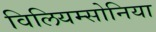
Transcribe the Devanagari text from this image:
विलियम्सोनिया